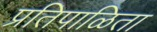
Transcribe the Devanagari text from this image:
प्रतिपाळिता